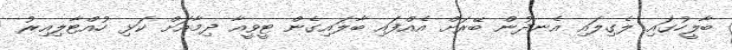
ބާލީހުގައި ލެގިލައި އެނދުން ބޭރަށް އެއްފައި ބާލައިގެން ޓީވީއާ ދިމާއަށް ކަޅި ހުއްޓާލިއިރު